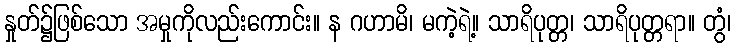
နှုတ်၌ဖြစ်သော အမှုကိုလည်းကောင်း။ န ဂဟာမိ၊ မကဲ့ရဲ့။ သာရိပုတ္တ၊ သာရိပုတ္တရာ။ တွံ၊